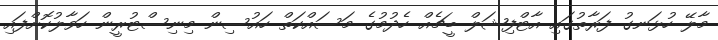
މާލޭ ހުޅަނގު ފަރާތުގައި އާޓްފިޝަލް ބީޗެއް ހެދުމުގެ މަސައްކަތް ހައުސިން މިނިސްޓުރީން ހަވާލުކޮށްފައި